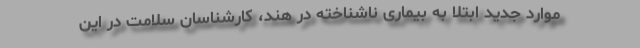
موارد جدید ابتلا به بیماری ناشناخته در هند، کارشناسان سلامت در این